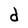
Character: d